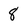
Character: 8